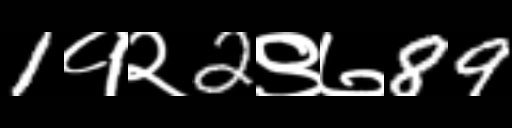
Text: 1१२2९७89